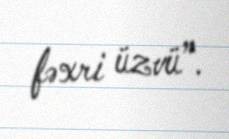
fəxri üzvü”.